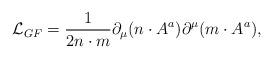
LaTeX: \begin{align*} {\cal L}_{GF}=\frac{1}{2n\cdot m} \partial_\mu(n\cdot A^a)\partial^\mu(m\cdot A^a),\end{align*}